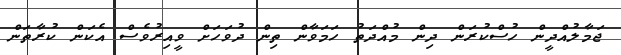
ޖަމާލުއްދީން ހުސްކުރަން ދިން މުއްދަތު ހަމަވާން ތިން ދުވަހަށް ވީއިރުވެސް އެކަން ކުރާތަން